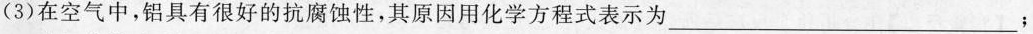
(3)在空气中，铝具有很好的抗腐蚀性，其原因用化学方程式表示为___；